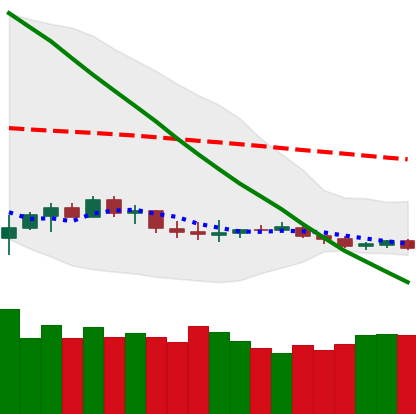
Ticker: LTC-USD
Chart end date: 2019-12-14
Forward return: -8.696%
Label: down_7plus